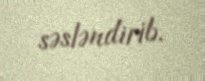
səsləndirib.